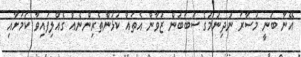
އޭނާ ބުނީ މުސާރަ ނުދިނުމުގެ ސަބަބުން ޒުވާން އެތައް ކުޅުންތެރިންނެއް ގެއްލިފައިވާ ކަމަށާއި